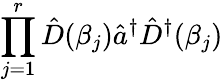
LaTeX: \prod_{j=1}^{r}\hat{D}(\beta_{j})\hat{a}^{\dagger}\hat{D}^{\dagger}(\beta_{j})